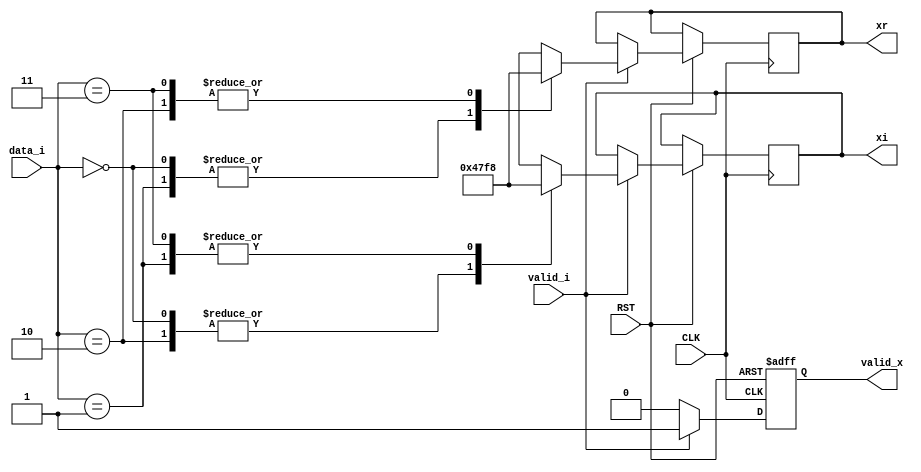

module qpsk
  (
   input                CLK,
   input                RST,

   input                valid_i,
   input [1:0]          data_i,

   output reg           valid_x,
   output reg signed [10:0] xr,
   output reg signed [10:0] xi
   );

  always @(posedge CLK or negedge RST) begin
    if (RST == 1'b0) begin
      valid_x <= 1'b0;
    end else if (valid_i == 1'b1) begin
      valid_x <= 1'b1;
      case (data_i)
        2'b00 : begin xr <= 11'd8; xi <= 11'd8; end
        2'b01 : begin xr <= 11'd8; xi <= -11'd8; end
        2'b10 : begin xr <= -11'd8; xi <= 11'd8; end
        2'b11 : begin xr <= -11'd8; xi <= -11'd8; end
      endcase
    end else if (valid_i == 1'b0) begin
      valid_x <= 1'b0;
    end
  end
endmodule